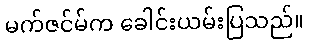
မက်ဇင်မ်က ခေါင်းယမ်းပြသည်။